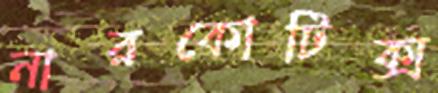
নারকোটিক্স